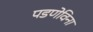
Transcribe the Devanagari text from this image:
पडणेविना